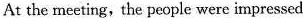
At the meeting, the people were impressed